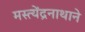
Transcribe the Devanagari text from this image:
मस्त्येंद्रनाथाने